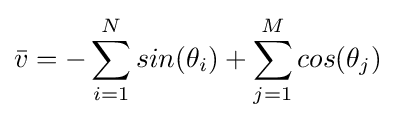
{\bar {v}}=-\sum _{i=1}^{N}sin(\theta _{i})+\sum _{j=1}^{M}cos(\theta _{j})